Insane asylums in Bengal annual reports 1867-1875 - 1867-1875
Year: 1867
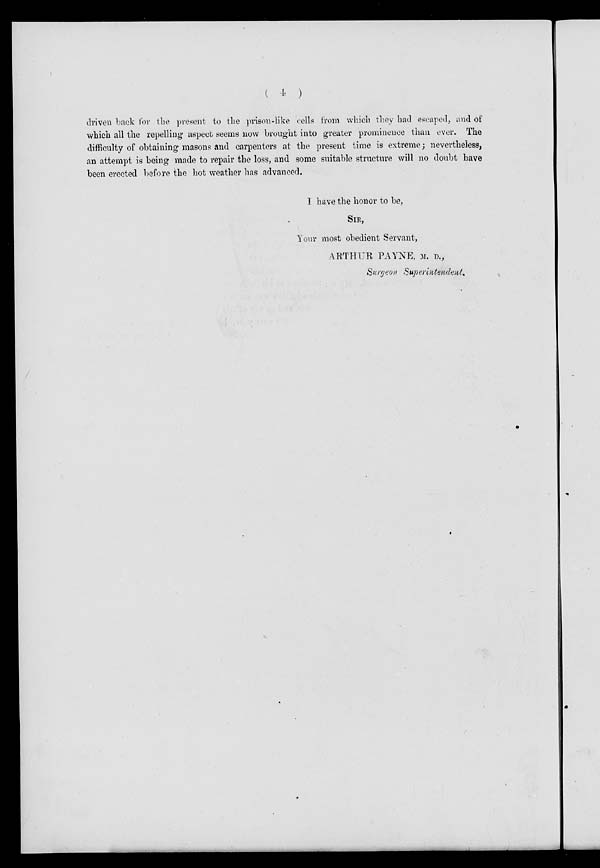
( 4 )
driven back for the present to the prison-like cells from which they had escaped, and of
which all the repelling aspect seems now brought into greater prominence than ever. The
difficulty of obtaining masons and carpenters at the present time is extreme; nevertheless,
an attempt is being made to repair the loss, and some suitable structure will no doubt have
been erected before the hot weather has advanced.
I have the honor to be,
SIR,
Your most obedient Servant,
ARTHUR PAYNE, M. D.,
Surgeon Superintendent.